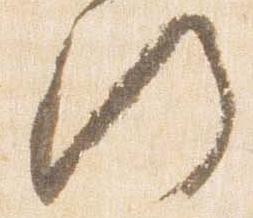
門